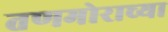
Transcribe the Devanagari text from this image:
तणमोराच्या